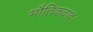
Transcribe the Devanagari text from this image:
भौतिकवाद।